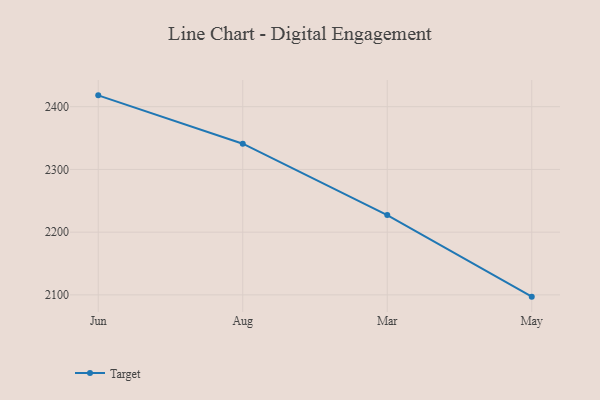
{"axis": {"x": "Month", "y": "Page Views"}, "legend": ["Target"], "data": [{"x": "Jun", "y": 2418.1, "type": "Target"}, {"x": "Aug", "y": 2341.0, "type": "Target"}, {"x": "Mar", "y": 2227.3, "type": "Target"}, {"x": "May", "y": 2097.2, "type": "Target"}]}